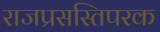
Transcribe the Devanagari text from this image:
राजप्रसस्तिपरक